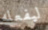
ليفعله